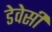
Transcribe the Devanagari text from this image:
डेवेसी